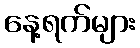
နေ့ရက်များ